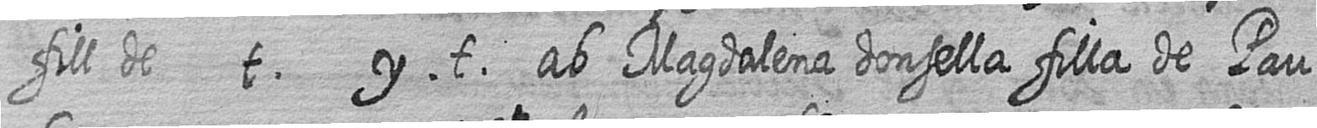
fill de t y t ab Magdalena donsella filla de Pau